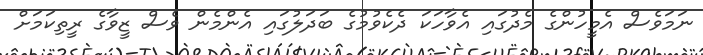
ނަމަވެސް އެމީހުންގެ މެދުގައި އެވާހަކަ ދެކެވުމުގެ ބަދަލުގައި އެންމެން ވެސް ޒީވާގެ ރީތިކަމަށް